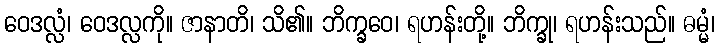
ဝေဒလ္လံ၊ ဝေဒလ္လကို။ ဇာနာတိ၊ သိ၏။ ဘိက္ခဝေ၊ ရဟန်းတို့။ ဘိက္ခု၊ ရဟန်းသည်။ ဓမ္မံ၊